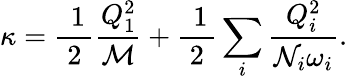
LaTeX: \kappa=\mathrm{\frac{~1}{~2~}}\frac{Q_{1}^{2}}{{\cal M}}+\mathrm{\frac{~1}{~2~}}\sum_{i}\frac{Q_{i}^{2}}{{\cal N}_{i}\omega_{i}}.